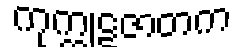
ကုက္ကုဋဇာတက